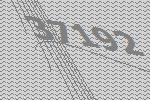
37192